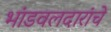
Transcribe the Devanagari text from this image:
भांडवलदारांचे